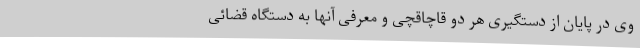
وی در پایان از دستگیری هر دو قاچاقچی و معرفی آنها به دستگاه قضائی